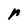
Character: r